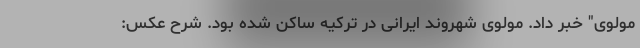
مولوی" خبر داد. مولوی شهروند ایرانی در ترکیه ساکن شده بود. شرح عکس: